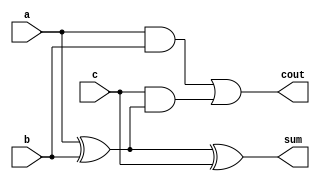
module fa(sum,cout,a,b,c);
  input a,b,c;
  output sum,cout;
  wire s1,c1,c2;
  
  xor(s1,a,b);
  xor(sum,s1,c);
  and(c1,a,b);
  and(c2,c,s1);
  or(cout,c1,c2);
endmodule